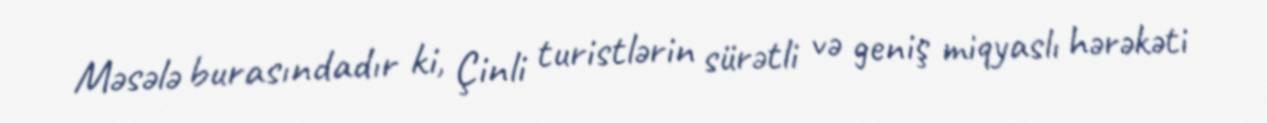
Məsələ burasındadır ki, Çinli turistlərin sürətli və geniş miqyaslı hərəkəti